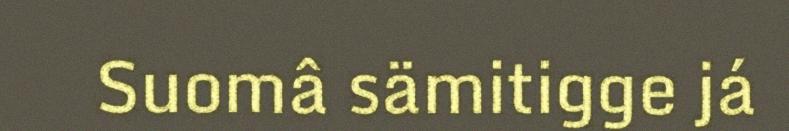
Suomâ sämitigge já